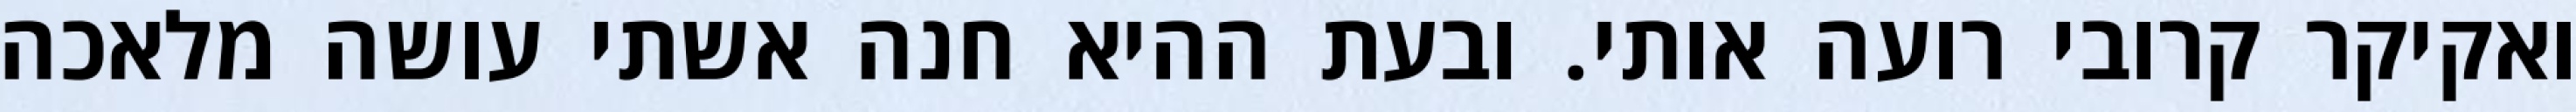
ואקיקר קרובי רועה אותי. ובעת ההיא חנה אשתי עושה מלאכה